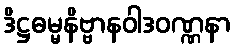
ဒိဋ္ဌဓမ္မနိဗ္ဗာနဝါဒဝဏ္ဏနာ